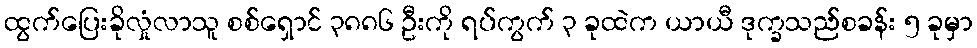
ထွက်ပြေးခိုလှုံလာသူ စစ်ရှောင် ၃၈၈၆ ဦးကို ရပ်ကွက် ၃ ခုထဲက ယာယီ ဒုက္ခသည်စခန်း ၅ ခုမှာ